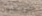
جريسون